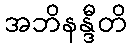
အဘိနန္ဒီတိ